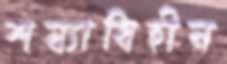
শয্যাবিহীন